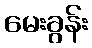
မေးခွန်း